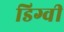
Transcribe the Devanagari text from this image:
डिग्वी